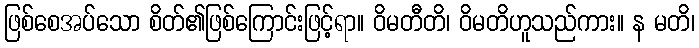
ဖြစ်စေအပ်သော စိတ်၏ဖြစ်ကြောင်းဖြင့်ရာ။ ဝိမတီတိ၊ ဝိမတိဟူသည်ကား။ န မတိ၊